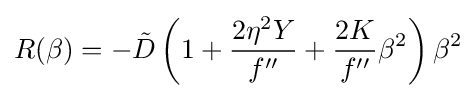
R(\beta )=-{\tilde {D}}\left(1+{\frac {2\eta ^{2}Y}{f''}}+{\frac {2K}{f''}}\beta ^{2}\right)\beta ^{2}